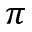
\pi